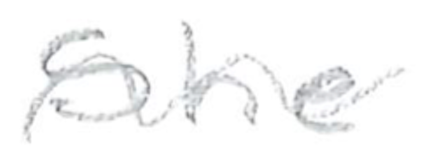
Text: She
Cross-out: wave
Writing tool: pencil